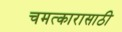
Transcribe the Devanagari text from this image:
चमत्कारासाठी